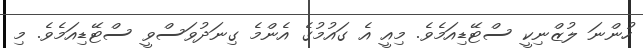
ހުންނަ ލުޒްނިކީ ސްޓޭޑިއަމެވެ. މިއީ އެ ގައުމުގެ އެންމެ ގިނަދުވަސްވީ ސްޓޭޑިއަމެވެ. މި